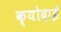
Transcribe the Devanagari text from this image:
क्योदाई